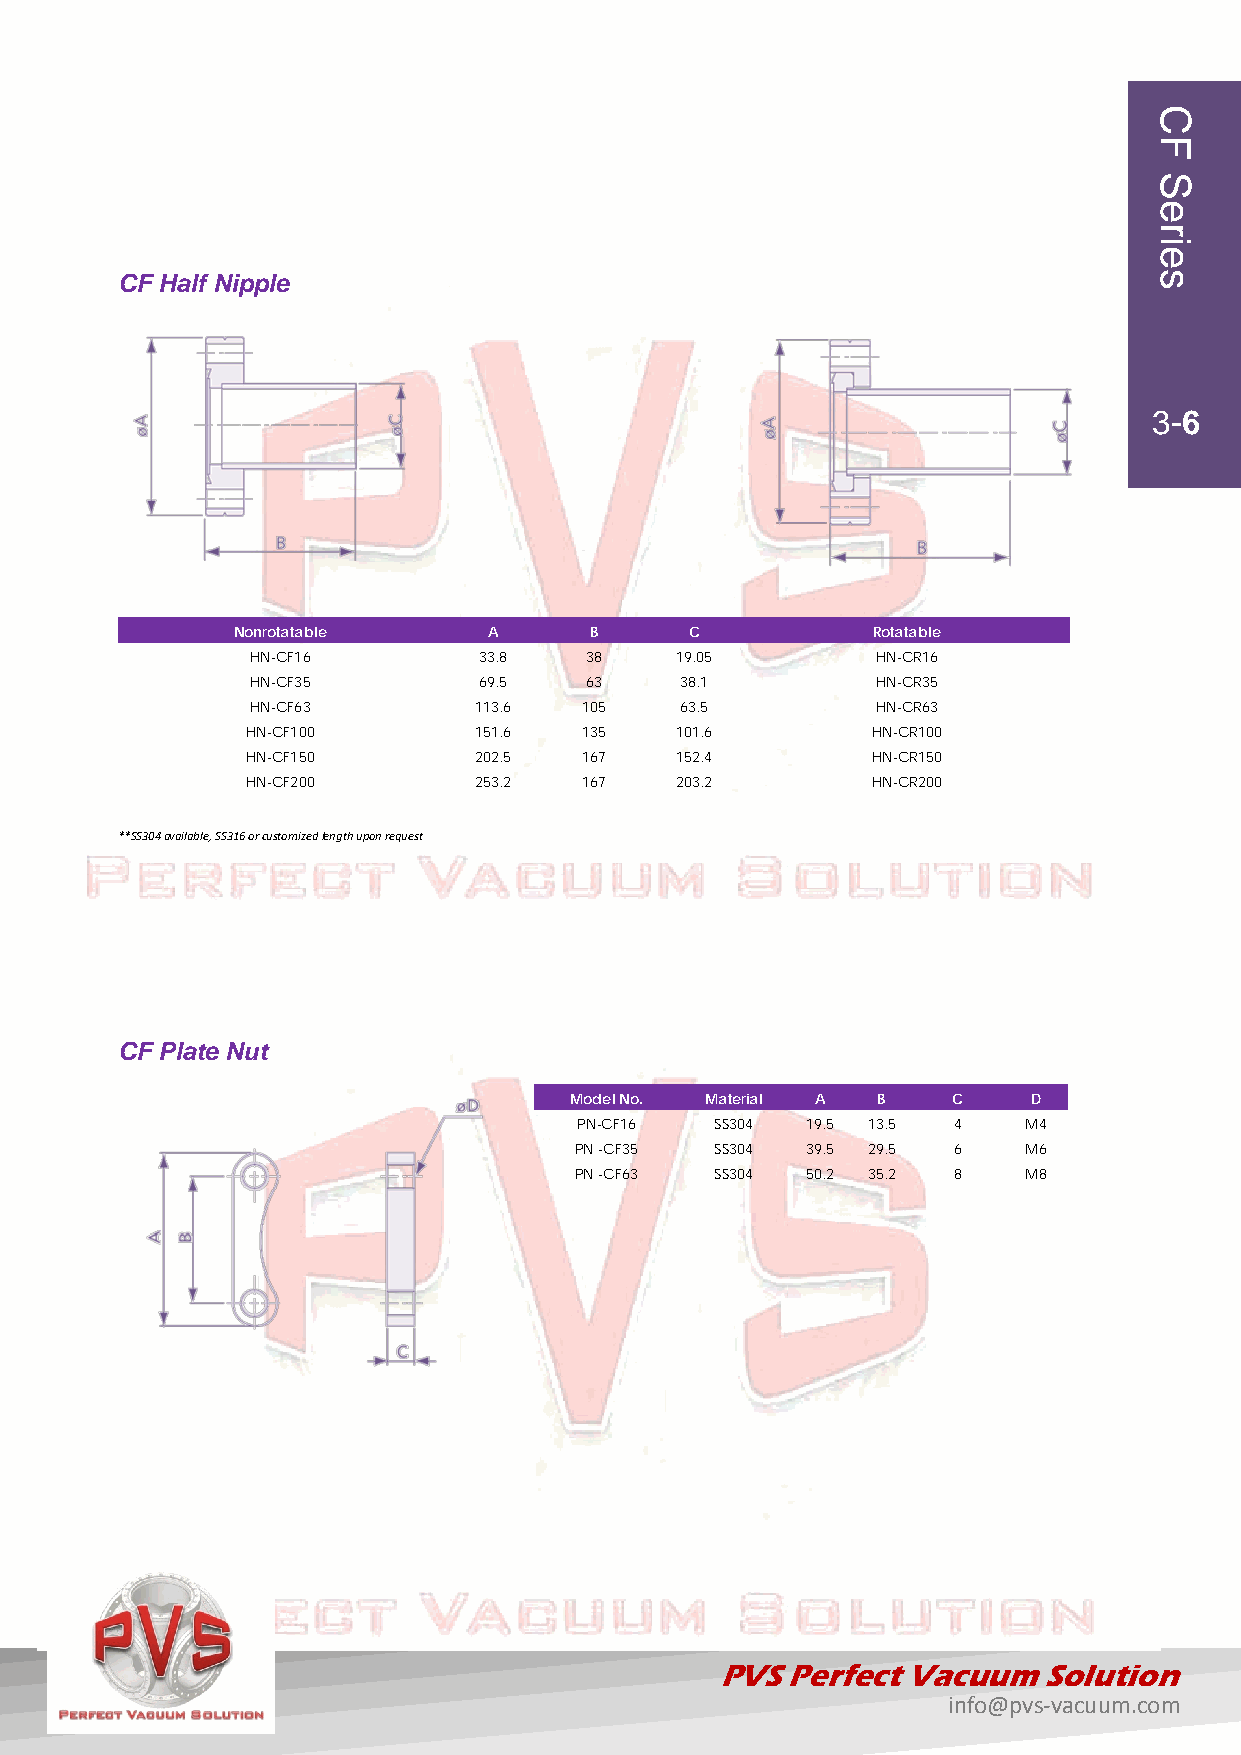
CF Half Nipple
 3-6
 Nonrotatable     A      B      C           Rotatable
 HN-CF16        33.8   38    19.05        HN-CR16
 HN-CF35        69.5   63    38.1         HN-CR35
 HN-CF63       113.6   105   63.5         HN-CR63
 HN-CF100       151.6   135   101.6        HN-CR100
 HN-CF150       202.5   167   152.4        HN-CR150
 HN-CF200       253.2   167   203.2        HN-CR200
 **SS304 available, SS316 or customized length upon request
 CF Plate Nut
 Model No. Material A B   C    D
 PN-CF16  SS304 19.5 13.5 4    M4
 PN -CF35 SS304 39.5 29.5 6    M6
 PN -CF63 SS304 50.2 35.2 8    M8
 PVS Perfect Vacuum   Solution
 info@pvs-vacuum.com
 CF
 Series